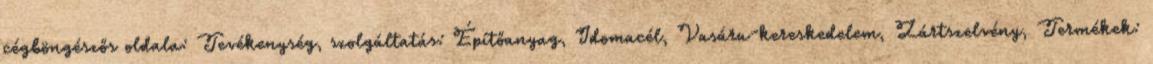
cégböngészős oldala: Tevékenység, szolgáltatás: Építőanyag, Idomacél, Vasáru-kereskedelem, Zártszelvény, Termékek: